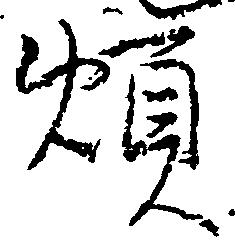
煩